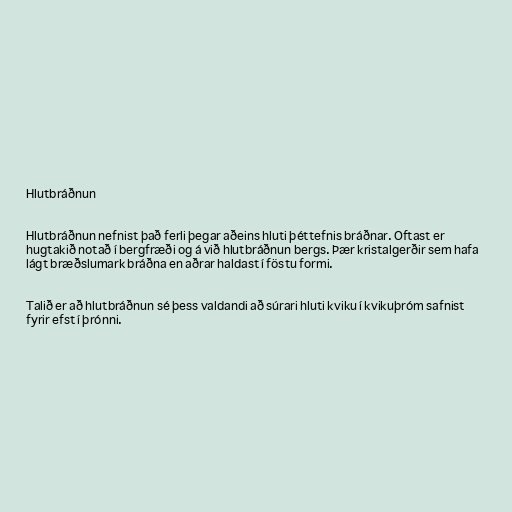
Hlutbráðnun

Hlutbráðnun nefnist það ferli þegar aðeins hluti þéttefnis bráðnar. Oftast er
hugtakið notað í bergfræði og á við hlutbráðnun bergs. Þær kristalgerðir sem hafa
lágt bræðslumark bráðna en aðrar haldast í föstu formi.

Talið er að hlutbráðnun sé þess valdandi að súrari hluti kviku í kvikuþróm safnist
fyrir efst í þrónni.